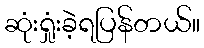
ဆုံးရှုံးခဲ့ရပြန်တယ်။